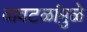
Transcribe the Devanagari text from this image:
वावटळांमुळे